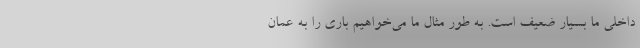
داخلی ما بسیار ضعیف است. به طور مثال ما می‌خواهیم باری را به عمان